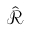
\hat { \mathcal { R } }